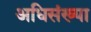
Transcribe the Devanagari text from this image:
अधिसंख्या